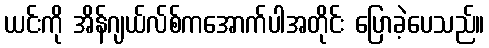
ယင်းကို အိန်ဂျယ်လ်စ်ကအောက်ပါအတိုင်း ပြောခဲ့ပေသည်။